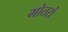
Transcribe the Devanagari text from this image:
मोतरों